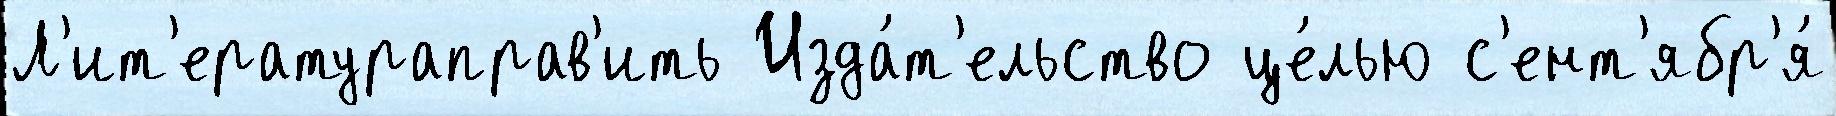
Л'ит'ератураправ'ить Изда́т'ельство це́лью с'ент'ябр'я́